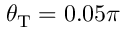
\theta _ { \mathrm { T } } = 0 . 0 5 \pi